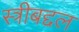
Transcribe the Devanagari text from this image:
स्त्रीबद्दल